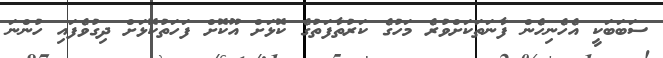
ސަބަބަކީ އެހެނިހެން ފާނަތަކަށްވުރެ މަހުގެ ކަރުތާފަތުގެ ކޮޅަށް އޫކޮށް ފަހަތުކޮޅަށް ދިގުވެފައި ހުންނަ